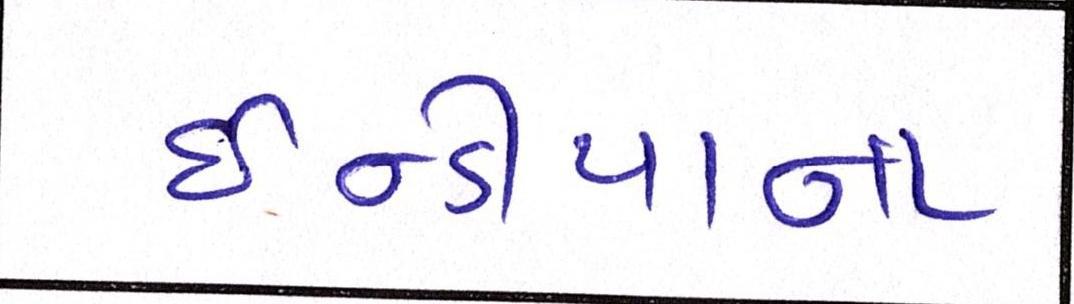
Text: ઇન્ડીયાના